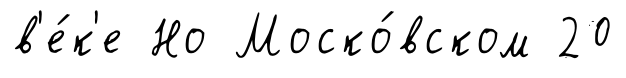
в'е́к'е Но Моско́вском 20